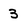
Character: 3